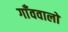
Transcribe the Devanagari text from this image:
गाँववालो